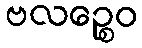
ဗလဉ္စေဝ